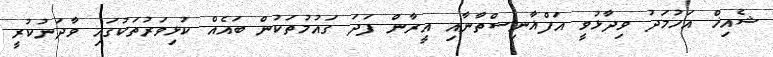
ޝެއިޚް އަހުމަދު ވިދާޅުވީ އަފްޣާނިސްތާނާއި އީރާން ފަދަ ގައުމުތަކުން ބައެއް ކުޅިވަރުތަކުގައި ވާދަނުކުރީ